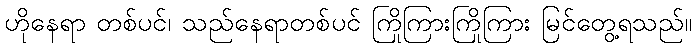
ဟိုနေရာ တစ်ပင်၊ သည်နေရာတစ်ပင် ကြိုကြားကြိုကြား မြင်တွေ့ရသည်။